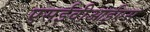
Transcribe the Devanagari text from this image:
एसईवीआईएस